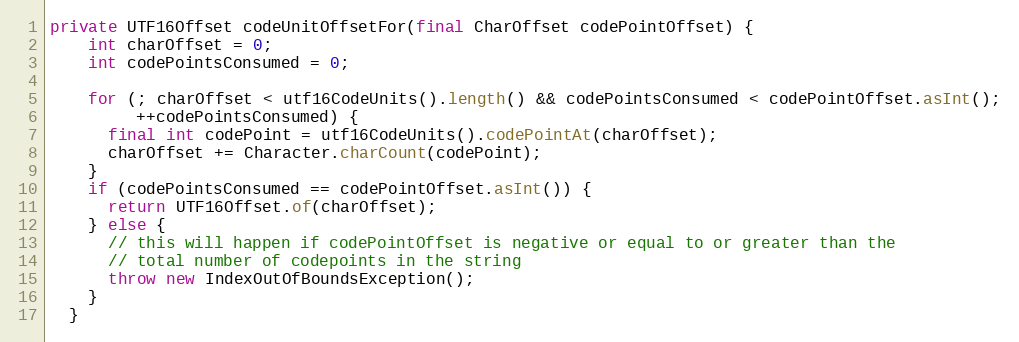
Language: Java
private UTF16Offset codeUnitOffsetFor(final CharOffset codePointOffset) {
    int charOffset = 0;
    int codePointsConsumed = 0;

    for (; charOffset < utf16CodeUnits().length() && codePointsConsumed < codePointOffset.asInt();
         ++codePointsConsumed) {
      final int codePoint = utf16CodeUnits().codePointAt(charOffset);
      charOffset += Character.charCount(codePoint);
    }
    if (codePointsConsumed == codePointOffset.asInt()) {
      return UTF16Offset.of(charOffset);
    } else {
      // this will happen if codePointOffset is negative or equal to or greater than the
      // total number of codepoints in the string
      throw new IndexOutOfBoundsException();
    }
  }